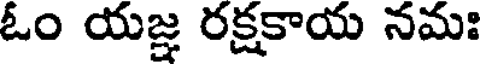
ఓం యజ్ఞ రక్షకాయ నమః